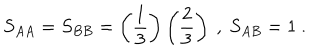
S _ { A A } = S _ { B B } = \left( \frac { 1 } { 3 } \right) \left( \frac { 2 } { 3 } \right) \ , \ S _ { A B } = 1 \ .